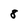
Character: 8